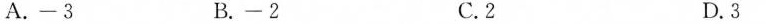
A.-3 B.-2 C.2 D.3